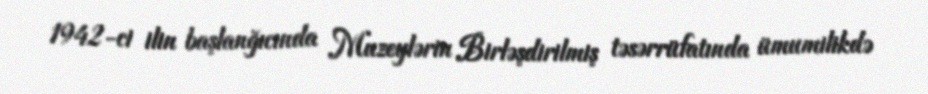
1942-ci ilin başlanğıcında Muzeylərin Birləşdirilmiş təsərrüfatında ümumilikdə